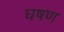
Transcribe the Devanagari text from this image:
घषण